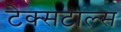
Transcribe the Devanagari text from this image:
टेक्सटाल्स